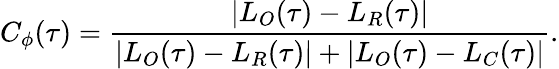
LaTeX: C_{\phi}(\tau)=\frac{|L_{O}(\tau)-L_{R}(\tau)|}{|L_{O}(\tau)-L_{R}(\tau)|+|L_{O}(\tau)-L_{C}(\tau)|}.